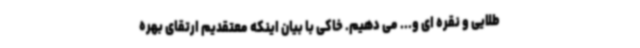
طلایی و نقره ای و... می دهیم. خاکی با بیان اینکه معتقدیم ارتقای بهره